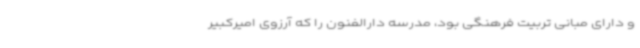
و دارای مبانی تربیت فرهنگی بود، مدرسه دارالفنون را که آرزوی امیرکبیر